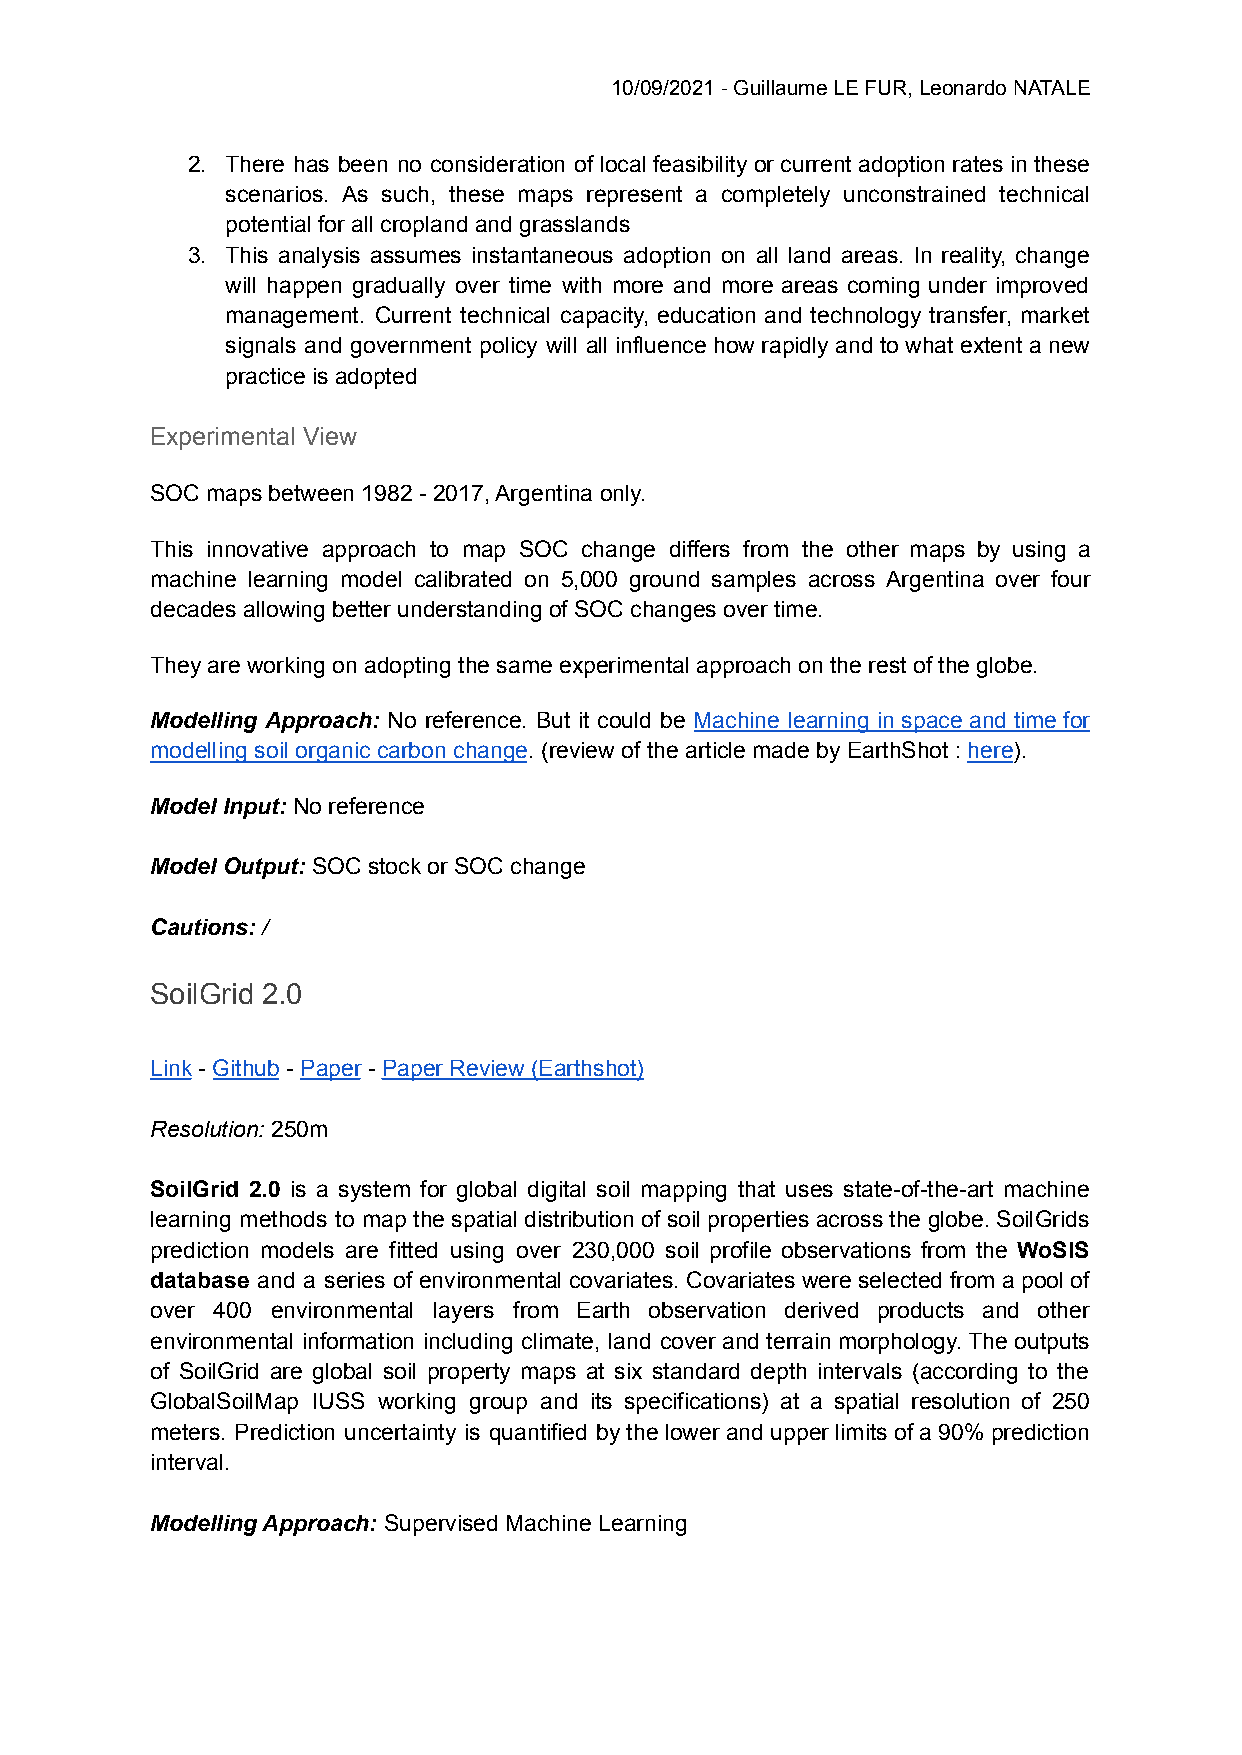
10/09/2021 - Guillaume LE FUR, Leonardo NATALE
 2. There has been no consideration of local feasibility or current adoption rates in these
 scenarios. As such, these maps represent a completely unconstrained technical
 potential for all cropland and grasslands
 3. This analysis assumes instantaneous adoption on all land areas. In reality, change
 will happen gradually over time with more and more areas coming under improved
 management. Current technical capacity, education and technology transfer, market
 signals and government policy will all influence how rapidly and to what extent a new
 practice is adopted
 Experimental View
 SOC maps between 1982 - 2017, Argentina only.
 This innovative approach to map SOC change differs from the other maps by using a
 machine learning model calibrated on 5,000 ground samples across Argentina over four
 decades allowing better understanding of SOC changes over time.
 They are working on adopting the same experimental approach on the rest of the globe.
 Modelling Approach: No reference. But it could be Machine learning in space and time for
 modelling soil organic carbon change. (review of the article made by EarthShot : here).
 Model Input: No reference
 Model Output: SOC stock or SOC change
 Cautions: /
 SoilGrid 2.0
 Link - Github - Paper - Paper Review (Earthshot)
 Resolution: 250m
 SoilGrid 2.0 is a system for global digital soil mapping that uses state-of-the-art machine
 learning methods to map the spatial distribution of soil properties across the globe. SoilGrids
 prediction models are fitted using over 230,000 soil profile observations from the WoSIS
 database and a series of environmental covariates. Covariates were selected from a pool of
 over 400 environmental layers from Earth observation derived products and other
 environmental information including climate, land cover and terrain morphology. The outputs
 of SoilGrid are global soil property maps at six standard depth intervals (according to the
 GlobalSoilMap IUSS working group and its specifications) at a spatial resolution of 250
 meters. Prediction uncertainty is quantified by the lower and upper limits of a 90% prediction
 interval.
 Modelling Approach: Supervised Machine Learning